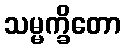
သမ္မက္ခိတော